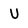
Character: U